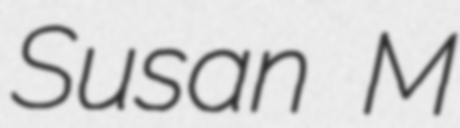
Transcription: Susan M